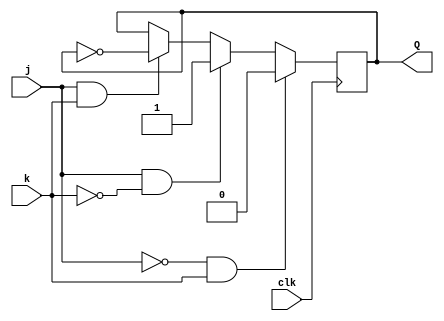
module top_module (
    input clk,
    input j,
    input k,
    output Q
); 

always @(posedge clk) begin
    if (~j & k) Q <= 1'b0;
    else if (j & ~k) Q <= 1'b1;
    else if (j & k) Q <= ~Q;
end

endmodule